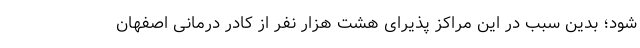
شود؛ بدین سبب در این مراکز پذیرای هشت هزار نفر از کادر درمانی اصفهان